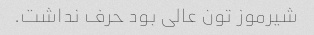
شیرموز تون عالی بود حرف نداشت.